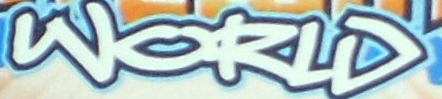
WORLD